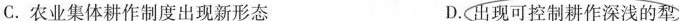
C.农业集体耕作制度出现新形态 D.出现可控制耕作深浅的犁